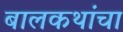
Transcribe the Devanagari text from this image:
बालकथांचा